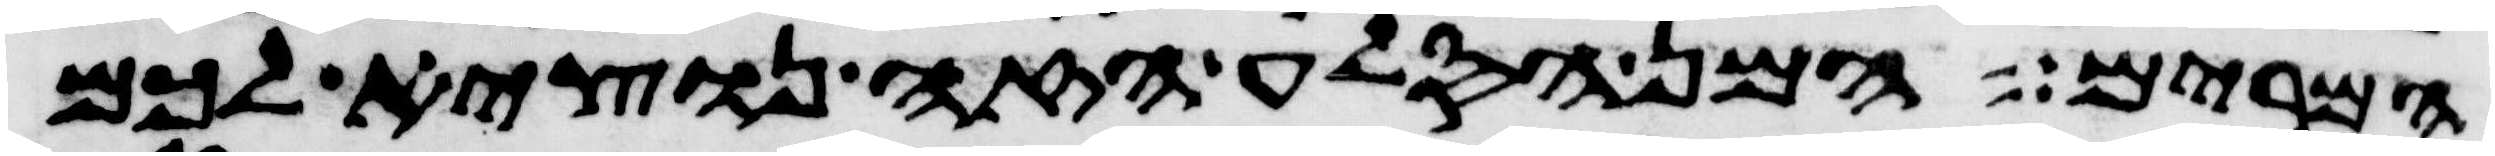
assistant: המרים המן הסלע הזה נוציא לכם